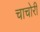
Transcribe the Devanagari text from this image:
चाचोरी